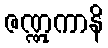
ဇဏ္ဏုကာနိ